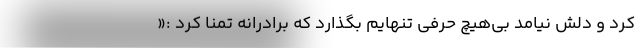
کرد و دلش نیامد بی‌هیچ حرفی تنهایم بگذارد که برادرانه تمنا کرد :«